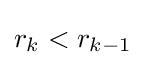
r_{k}<r_{k-1}